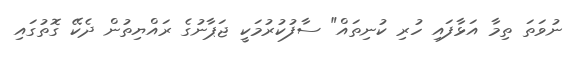
ނުވަތަ ތިމާ އަޅާފައި ހުރި ކުނިތައް" ސާފުކުރުމަކީ ޖަޕާނުގެ ރައްޔިތުން ދެކޭ ގޮތުގައި